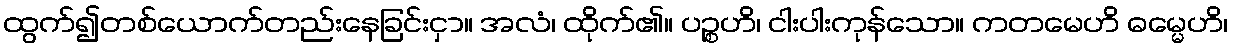
ထွက်၍တစ်ယောက်တည်းနေခြင်းငှာ။ အလံ၊ ထိုက်၏။ ပဉ္စဟိ၊ ငါးပါးကုန်သော။ ကတမေဟိ ဓမ္မေဟိ၊